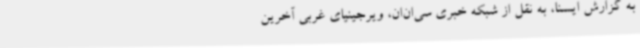
به گزارش ایسنا، به نقل از شبکه خبری سی‌ان‌ان، ویرجینیای غربی آخرین